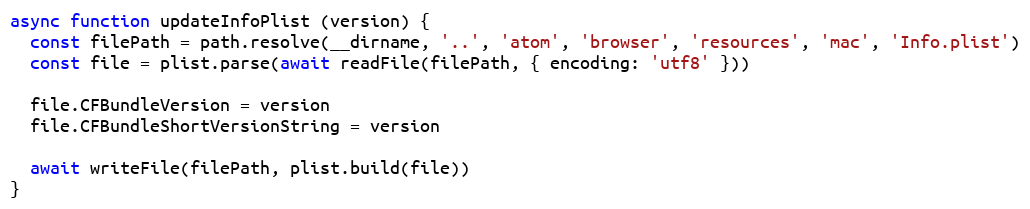
Language: JavaScript
async function updateInfoPlist (version) {
  const filePath = path.resolve(__dirname, '..', 'atom', 'browser', 'resources', 'mac', 'Info.plist')
  const file = plist.parse(await readFile(filePath, { encoding: 'utf8' }))

  file.CFBundleVersion = version
  file.CFBundleShortVersionString = version

  await writeFile(filePath, plist.build(file))
}